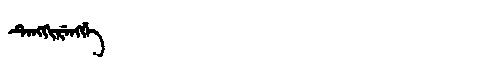
Manchu: ᡨᡝᠩᡴᡳᡵᡝᠩᡤᡝ
Romanization: TENGKIRENGGE